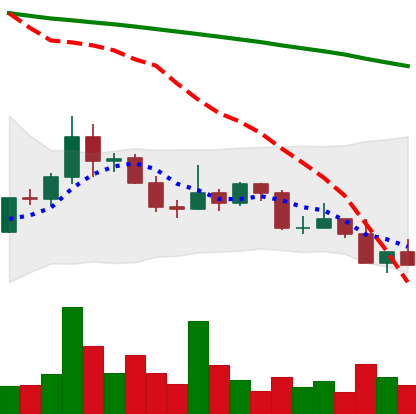
Ticker: DOGE-USD
Chart end date: 2022-02-23
Forward return: 4.153%
Label: up_3_5